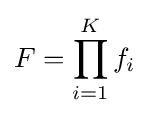
F=\prod _{i=1}^{K}f_{i}